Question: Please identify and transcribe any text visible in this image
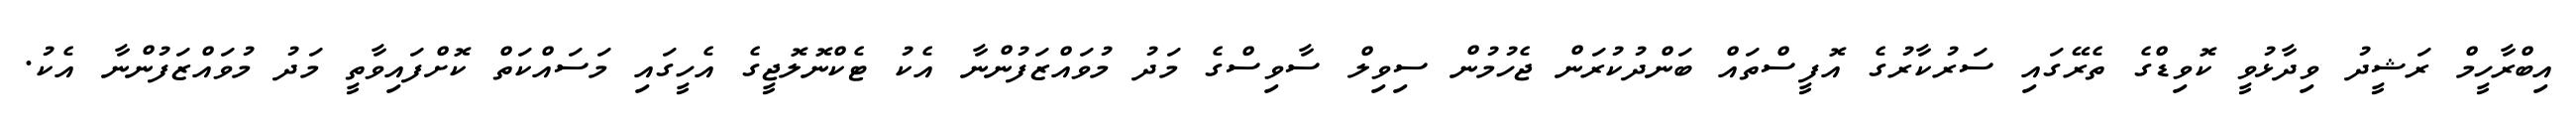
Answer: އިބްރާހީމް ރަޝީދު ވިދާޅުވީ ކޮވިޑްގެ ތެރޭގައި ސަރުކާރުގެ އޮފީސްތައް ބަންދުކުރަން ޖެހުމުން ސިވިލް ސާވިސްގެ މަދު މުވައްޒަފުންނާ އެކު ޓެކްނޮލޮޖީގެ އެހީގައި މަސައްކަތް ކޮށްފައިވާތީ މަދު މުވައްޒަފުންނާ އެކު.